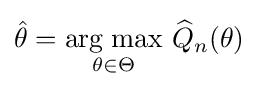
{\hat {\theta }}={\underset {\theta \in \Theta }{\operatorname {arg\;max} }}\ {\widehat {Q}}_{n}(\theta )